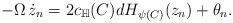
LaTeX: \begin{align*}-\Omega \, \dot{z}_n = 2c_{\mathbb{H}}(C) dH_{\psi(C)}(z_n) + \theta_n.\end{align*}